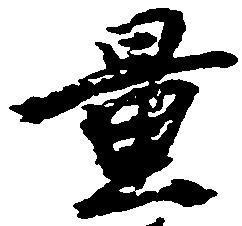
置